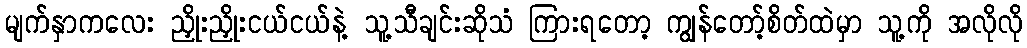
မျက်နှာကလေး ညှိုးညှိုးငယ်ငယ်နဲ့ သူ့သီချင်းဆိုသံ ကြားရတော့ ကျွန်တော့်စိတ်ထဲမှာ သူ့ကို အလိုလို